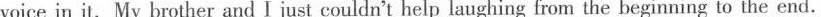
voice in it.My brother and I just couldn't help laughing from the beginning to the end.